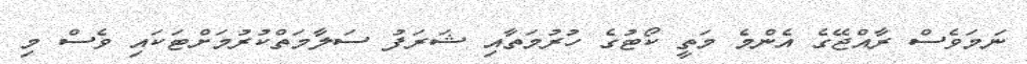
ނަމަވެސް ރާއްޖޭގެ އެންމެ މަތީ ކޯޓުގެ ހުރުމަތާއި ޝަރަފު ސަލާމަތްކުރުމަށްޓަކައި ވެސް މި